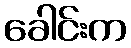
ခေါင်းက